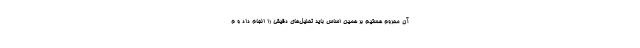
آن محروم هستیم بر همین اساس باید تحلیل‌های دقیقی را انجام داد و م